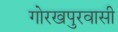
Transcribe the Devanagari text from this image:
गोरखपुरवासी